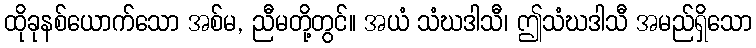
ထိုခုနစ်ယောက်သော အစ်မ, ညီမတို့တွင်။ အယံ သံဃဒါသီ၊ ဤသံဃဒါသီ အမည်ရှိသော